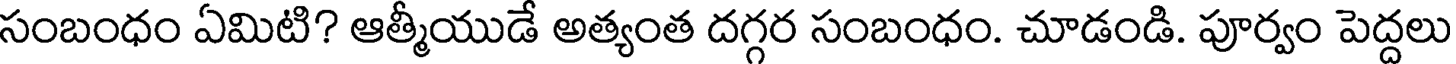
సంబంధం ఏమిటి? ఆత్మీయుడే అత్యంత దగ్గర సంబంధం. చూడండి. పూర్వం పెద్దలు